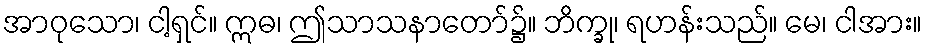
အာဝုသော၊ ငါ့ရှင်။ ဣဓ၊ ဤသာသနာတော်၌။ ဘိက္ခု၊ ရဟန်းသည်။ မေ၊ ငါအား။